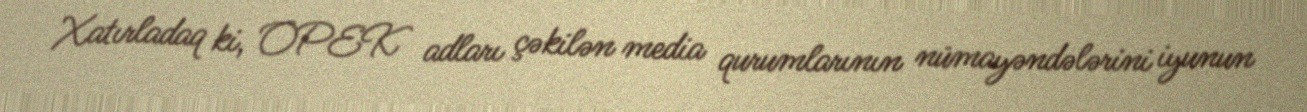
Xatırladaq ki, OPEK adları çəkilən media qurumlarının nümayəndələrini iyunun